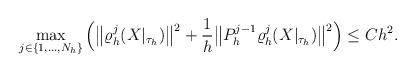
LaTeX: \begin{align*} \max_{j\in\{1,\dots,N_h\}} \Big( \big\| \varrho^j_h(X|_{\tau_h}) \big\|^2 + \frac{1}{h} \big\|P_h^{j-1}\varrho^j_h(X|_{\tau_h})\big\|^2 \Big) \leq C h^2. \end{align*}